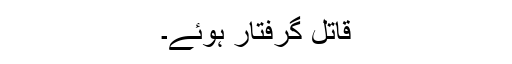
قاتل گرفتار ہوئے۔